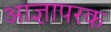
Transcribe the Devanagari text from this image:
आज्ञापरक